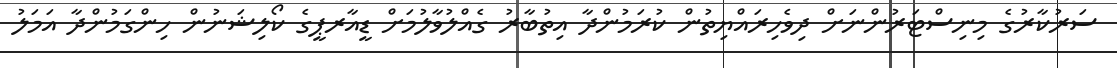
ސަރުކާރުގެ މިނިސްޓަރުންނަށް ދިވެހިރައްޔިތުން ކުރަމުންދާ އިތުބާރު ގެއްލުވާލުމަށް ޑީއާރޕީގެ ކޯލިޝަނުން ހިންގަމުންދާ އަމަލު